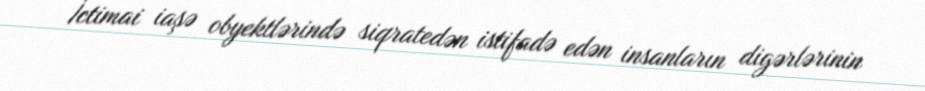
İctimai iaşə obyektlərində siqratedən istifadə edən insanların digərlərinin